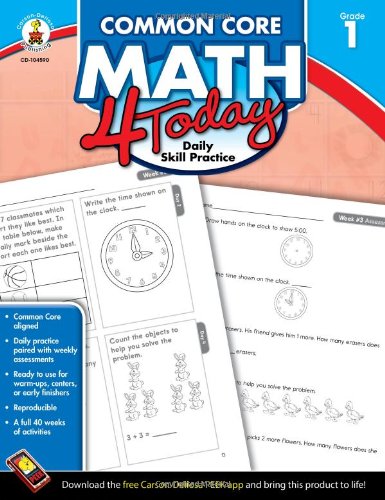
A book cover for Common Core Math 4 Today, Grade 1: Daily Skill Practice (Common Core 4 Today); Erin McCarthy; Education & Teaching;